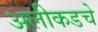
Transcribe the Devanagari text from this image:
अलीकडचे